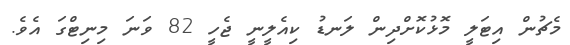
މެޗުން އިޓަލީ މޮޅުކޮށްދިން ލަނޑު ކިއެލީނީ ޖެހީ 82 ވަނަ މިނިޓްގަ އެވެ.